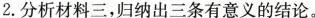
2.分析材料三，归纳出三条有意义的结论。